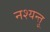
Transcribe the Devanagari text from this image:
नश्यन्तु